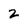
Character: 2